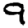
Digit: 9